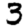
Digit: 3